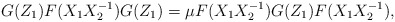
\begin{align*}G(Z_{1}) F(X_{1}X_{2}^{-1}) G(Z_{1}) = \mu F(X_{1}X_{2}^{-1})G(Z_{1}) F(X_{1}X_{2}^{-1}), \end{align*}